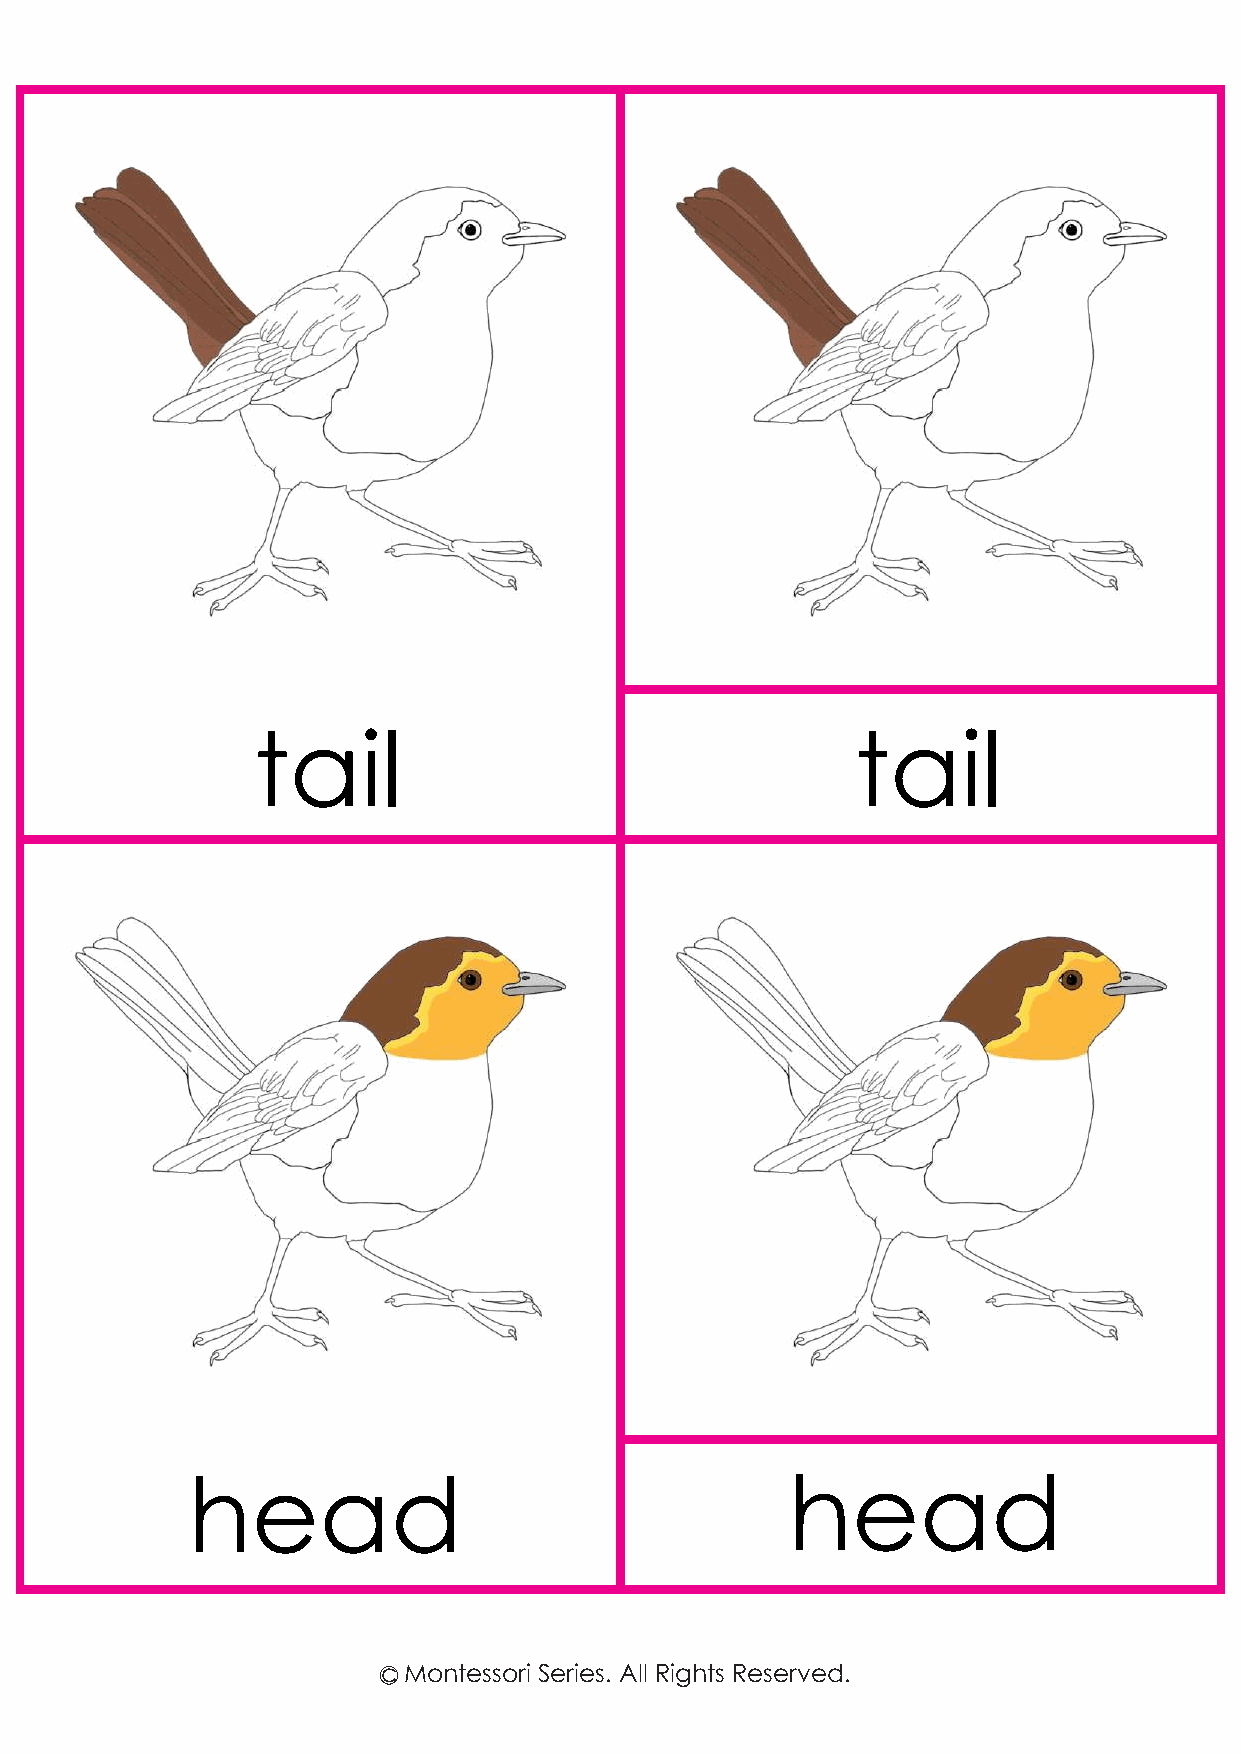
tail                                    tail
 head                                    head
 c Montessori Series. All Rights Reserved.